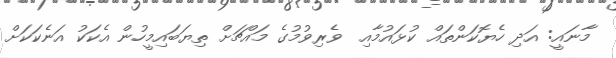
މާނައީ: އަދި ހެޔޮކަންތައް ކުޅައުމާއި  ވެރިވުމުގެ މައްޗަށް ތިޔަބައިމީހުން އެކަކު އަނެކަކަށް